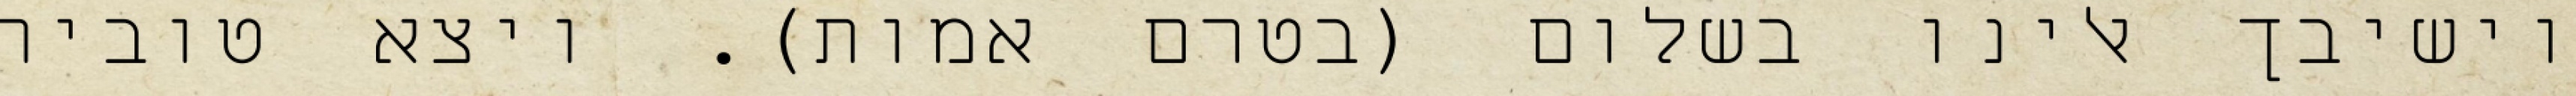
וישיבך אלינו בשלום (בטרם אמות). ויצא טוביה